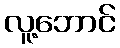
လူ့ဘောင်